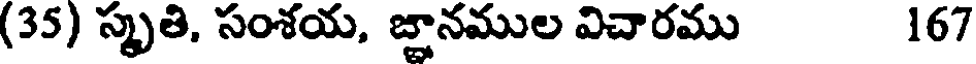
(35) స్మృతి, సంశయ, జ్ఞానముల విచారము 167